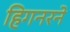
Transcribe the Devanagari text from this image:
हिगनरने